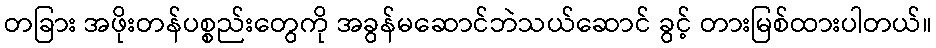
တခြား အဖိုးတန်ပစ္စည်းတွေကို အခွန်မဆောင်ဘဲသယ်ဆောင် ခွင့် တားမြစ်ထားပါတယ်။